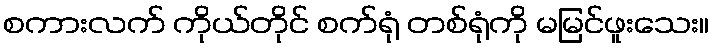
စကားလက် ကိုယ်တိုင် စက်ရုံ တစ်ရုံကို မမြင်ဖူးသေး။